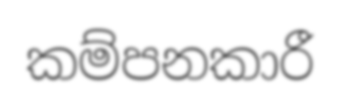
කම්පනකාරී